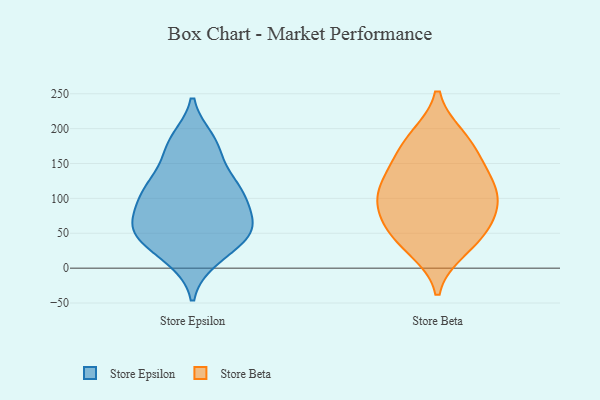
{"axis": {"x": "Net Income (USD K)", "y": "Value"}, "legend": ["Store Beta", "Store Epsilon"], "data": [{"x": "", "y": 73, "type": "Store Epsilon"}, {"x": "", "y": 118, "type": "Store Epsilon"}, {"x": "", "y": 48, "type": "Store Epsilon"}, {"x": "", "y": 14, "type": "Store Epsilon"}, {"x": "", "y": 183, "type": "Store Epsilon"}, {"x": "", "y": 115, "type": "Store Epsilon"}, {"x": "", "y": 46, "type": "Store Epsilon"}, {"x": "", "y": 185, "type": "Store Epsilon"}, {"x": "", "y": 86, "type": "Store Epsilon"}, {"x": "", "y": 76, "type": "Store Epsilon"}, {"x": "", "y": 61, "type": "Store Epsilon"}, {"x": "", "y": 110, "type": "Store Epsilon"}, {"x": "", "y": 43, "type": "Store Epsilon"}, {"x": "", "y": 115, "type": "Store Epsilon"}, {"x": "", "y": 52, "type": "Store Epsilon"}, {"x": "", "y": 108, "type": "Store Epsilon"}, {"x": "", "y": 12, "type": "Store Epsilon"}, {"x": "", "y": 50, "type": "Store Epsilon"}, {"x": "", "y": 150, "type": "Store Epsilon"}, {"x": "", "y": 170, "type": "Store Epsilon"}, {"x": "", "y": 76, "type": "Store Beta"}, {"x": "", "y": 115, "type": "Store Beta"}, {"x": "", "y": 74, "type": "Store Beta"}, {"x": "", "y": 107, "type": "Store Beta"}, {"x": "", "y": 48, "type": "Store Beta"}, {"x": "", "y": 28, "type": "Store Beta"}, {"x": "", "y": 160, "type": "Store Beta"}, {"x": "", "y": 140, "type": "Store Beta"}, {"x": "", "y": 187, "type": "Store Beta"}, {"x": "", "y": 183, "type": "Store Beta"}, {"x": "", "y": 118, "type": "Store Beta"}, {"x": "", "y": 93, "type": "Store Beta"}, {"x": "", "y": 41, "type": "Store Beta"}]}